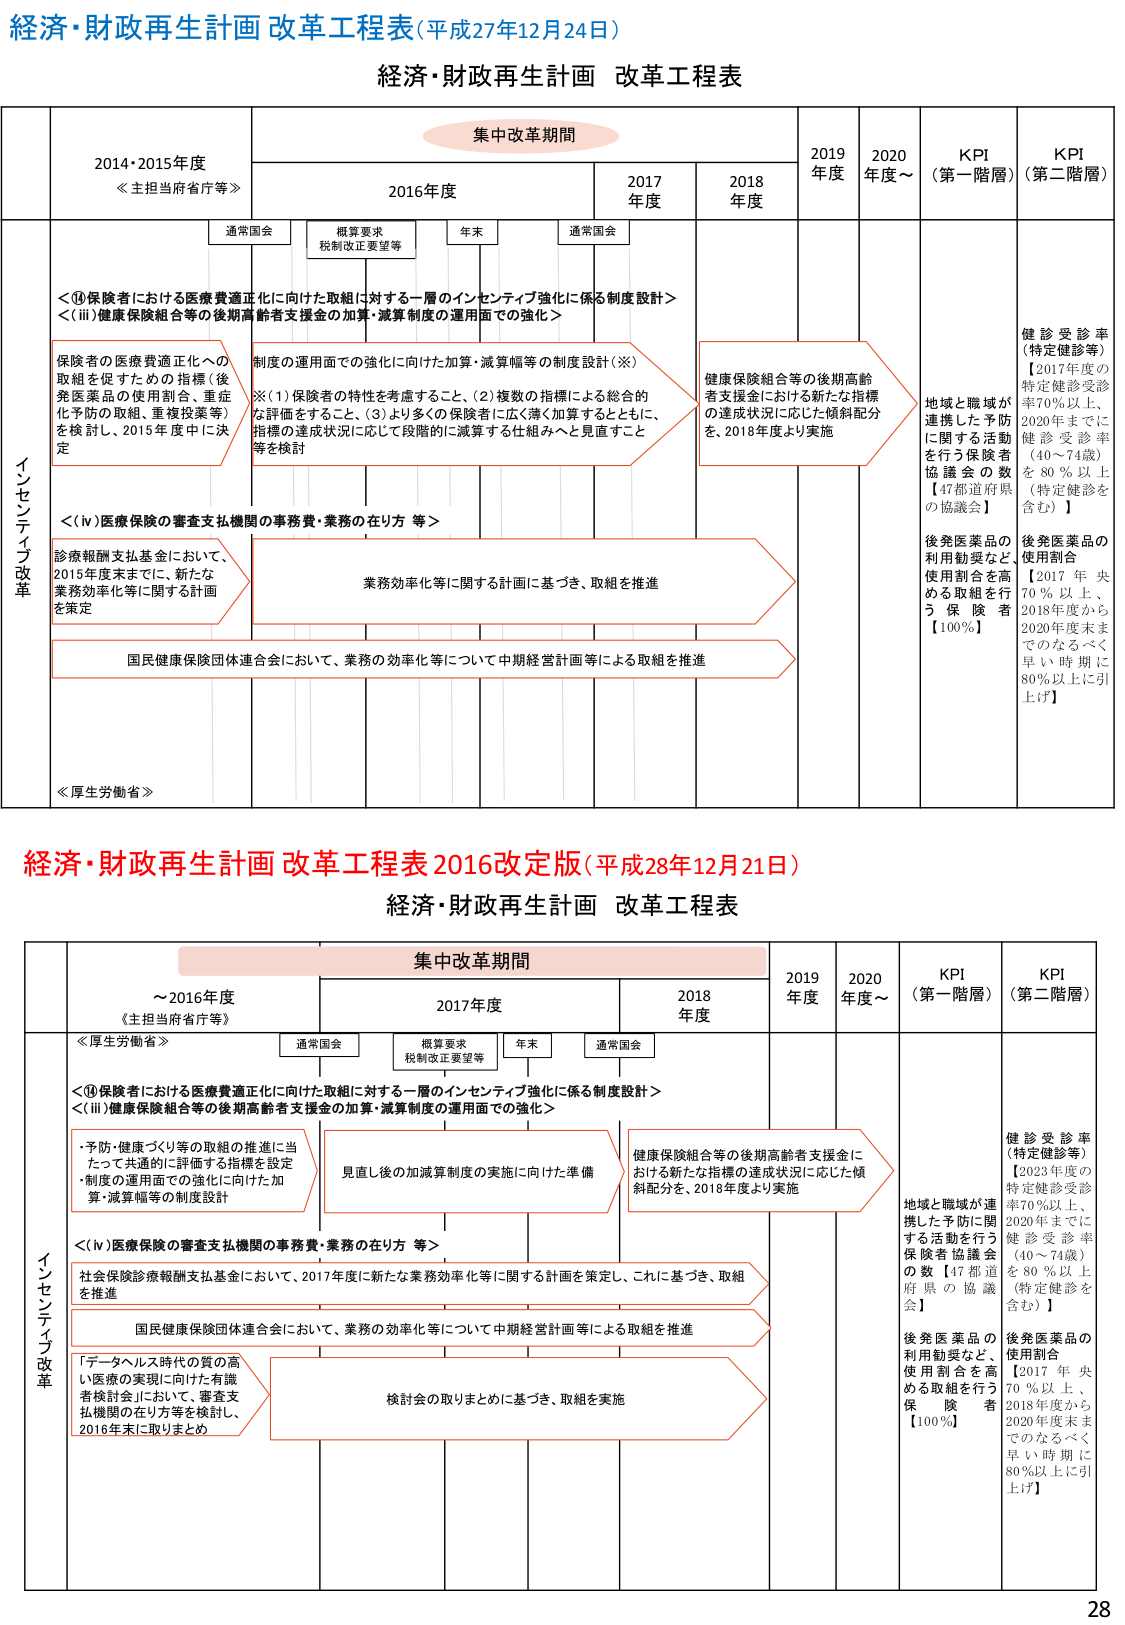
経済・財政再生計画 改革工程表(平成27年12月24日)

経済・財政再生計画 改革工程表

集中改革期間

2014・2015年度
≪主担当省庁等≫

2016年度

2017年度

2018年度

2019年度

2020年度～

KPI
(第一階層)

KPI
(第二階層)

通常国会

概算要求
税制改正要望等

年末

通常国会

インセンティブ改革

＜①保険者における医療費適正化に向けた取組に対する一層のインセンティブ強化に係る制度設計＞
＜(ⅲ)健康保険組合等の後期高齢者支援金の加算・減算制度の運用面での強化＞

保険者の医療費適正化への取組を促すための指標（後発医薬品の使用割合、重症化予防の取組、重複投薬等）を検討し、2015年度中に決定

制度の運用面での強化に向けた加算・減算幅等の制度設計（※）
※(1)保険者の特性を考慮すること、(2)複数の指標による総合的な評価をすること、(3)より多くの保険者に広く薄く加算をすること、指標の達成状況に応じて段階的に減算する仕組みへと見直すこと等を検討

健康保険組合等の後期高齢者支援金における新たな指標の達成状況に応じた傾斜配分を、2018年度より実施

地域と職域が連携した予防に関する活動を行う保険者協議会の数【47都道府県の協議会】

後発医薬品の利用勧奨など、使用割合を高める取組を行う保険者【100％】

健診受診率（特定健診等）
【2017年度の特定健診受診率70％以上、2020年までに健診受診率（40～74歳）を80％以上（特定健診を含む）】

後発医薬品の使用割合
【2017年央70％以上、2018年度から2020年度末までのなるべく早い時期に80％以上に引上げ】

＜(ⅳ)医療保険の審査支払機関の事務費・業務の在り方 等＞

診療報酬支払基金において、2015年度末までに、新たな業務効率化等に関する計画を策定

業務効率化等に関する計画に基づき、取組を推進

国民健康保険団体連合会において、業務の効率化等について中期経営計画等による取組を推進

≪厚生労働省≫

経済・財政再生計画 改革工程表 2016改定版(平成28年12月21日)

経済・財政再生計画 改革工程表

集中改革期間

～2016年度
≪主担当府省庁等≫

2017年度

2018年度

2019年度

2020年度～

KPI
(第一階層)

KPI
(第二階層)

通常国会

概算要求
税制改正要望等

年末

通常国会

インセンティブ改革

≪厚生労働省≫

＜①保険者における医療費適正化に向けた取組に対する一層のインセンティブ強化に係る制度設計＞
＜(ⅲ)健康保険組合等の後期高齢者支援金の加算・減算制度の運用面での強化＞

・予防・健康づくり等の取組の推進に当たって共通的に評価する指標を設定
・制度の運用面での強化に向けた加算・減算幅等の制度設計

見直し後の加減算制度の実施に向けた準備

健康保険組合等の後期高齢者支援金における新たな指標の達成状況に応じた傾斜配分を、2018年度より実施

地域と職域が連携した予防に関する活動を行う保険者協議会の数【47都道府県の協議会】

後発医薬品の利用勧奨など、使用割合を高める取組を行う保険者【100％】

健診受診率（特定健診等）
【2023年度の特定健診受診率70％以上、2020年までに健診受診率（40～74歳）を80％以上（特定健診を含む）】

後発医薬品の使用割合
【2017年央70％以上、2018年度から2020年度末までのなるべく早い時期に80％以上に引上げ】

＜(ⅳ)医療保険の審査支払機関の事務費・業務の在り方 等＞

社会保険診療報酬支払基金において、2017年度に新たな業務効率化等に関する計画を策定し、これに基づき、取組を推進

国民健康保険団体連合会において、業務の効率化等について中期経営計画等による取組を推進

「データヘルス時代の質の高い医療の実現に向けた有識者検討会」において、審査支払機関の在り方等を検討し、2016年末に取りまとめ

検討会の取りまとめに基づき、取組を実施

28